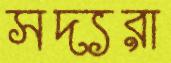
সদ্যরা